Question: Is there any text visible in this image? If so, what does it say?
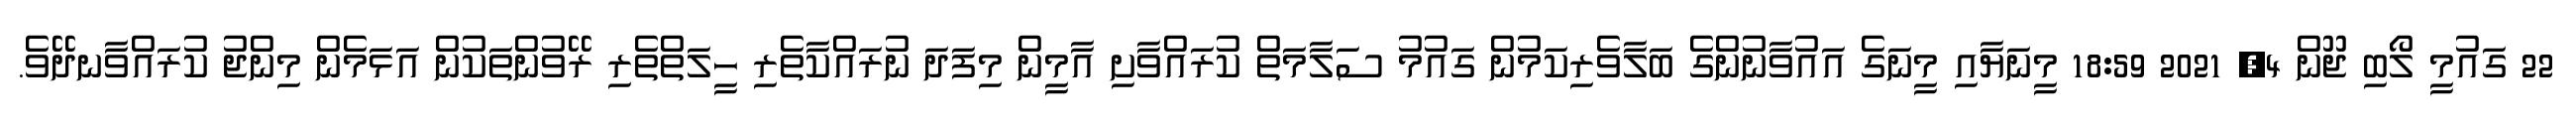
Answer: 22 ގައުމީ ލޯބި ޖޫން 4, 2021 18:59 މީނަޔާއި މީނަގެ އައުވާނުންގެ ބަލާވެރިކަމުން ގައުމު ސަލާމަތް ކުރައްވާށި އާމީން މިފަދަ ނުރައްކާތެރި ހީލަތްތެރި ރޭވުންތަކުން އަޅަމެން މިންޖު ކުރައްވާނދޭވެ.